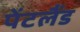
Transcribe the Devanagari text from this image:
पेंटलैंड